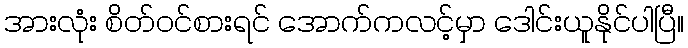
အားလုံး စိတ်ဝင်စားရင် အောက်ကလင့်မှာ ဒေါင်းယူနိုင်ပါပြီ။